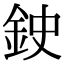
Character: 鉂